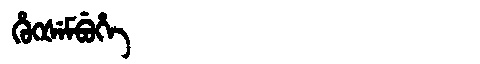
Manchu: ᡥᡠᡴᡧᡝᠮᠪᡠᡥᡝ
Romanization: HUKŠEMBUHE